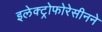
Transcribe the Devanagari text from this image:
इलेक्ट्रोफोरेसीनने